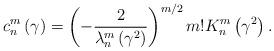
LaTeX: \begin{align*}c_{n}^{m}\left( \gamma\right) =\left( {-\frac{2}{\lambda_{n}^{m}\left({\gamma^{2}}\right) }}\right) ^{m/2}m!K_{n}^{m}\left( {\gamma^{2}}\right). \end{align*}